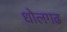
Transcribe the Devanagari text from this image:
धोलगढ